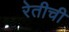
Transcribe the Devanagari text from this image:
रेतीची